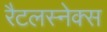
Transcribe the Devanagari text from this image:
रैटलस्नेक्स